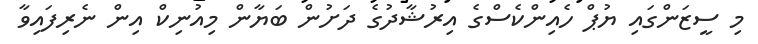
މި ސީޒަންގައި ޔުޕް ހެއިންކެސްގެ އިރުޝާދުގެ ދަށުން ބަޔާން މިއުނިކް އިން ނެރިފައިވާ